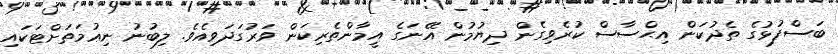
ބަސްފުޅުގެ ތެދުކަން އިޙްސާސް ކުރެވިގެން ދިޔުމުން އޭނަގެ އީމާންތެރިކަން ވަރުގަދަވިއެވެ. ލިބުނު ނިޢުމަތަށްޓަކައި